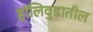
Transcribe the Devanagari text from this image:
हॉलिवुडातील